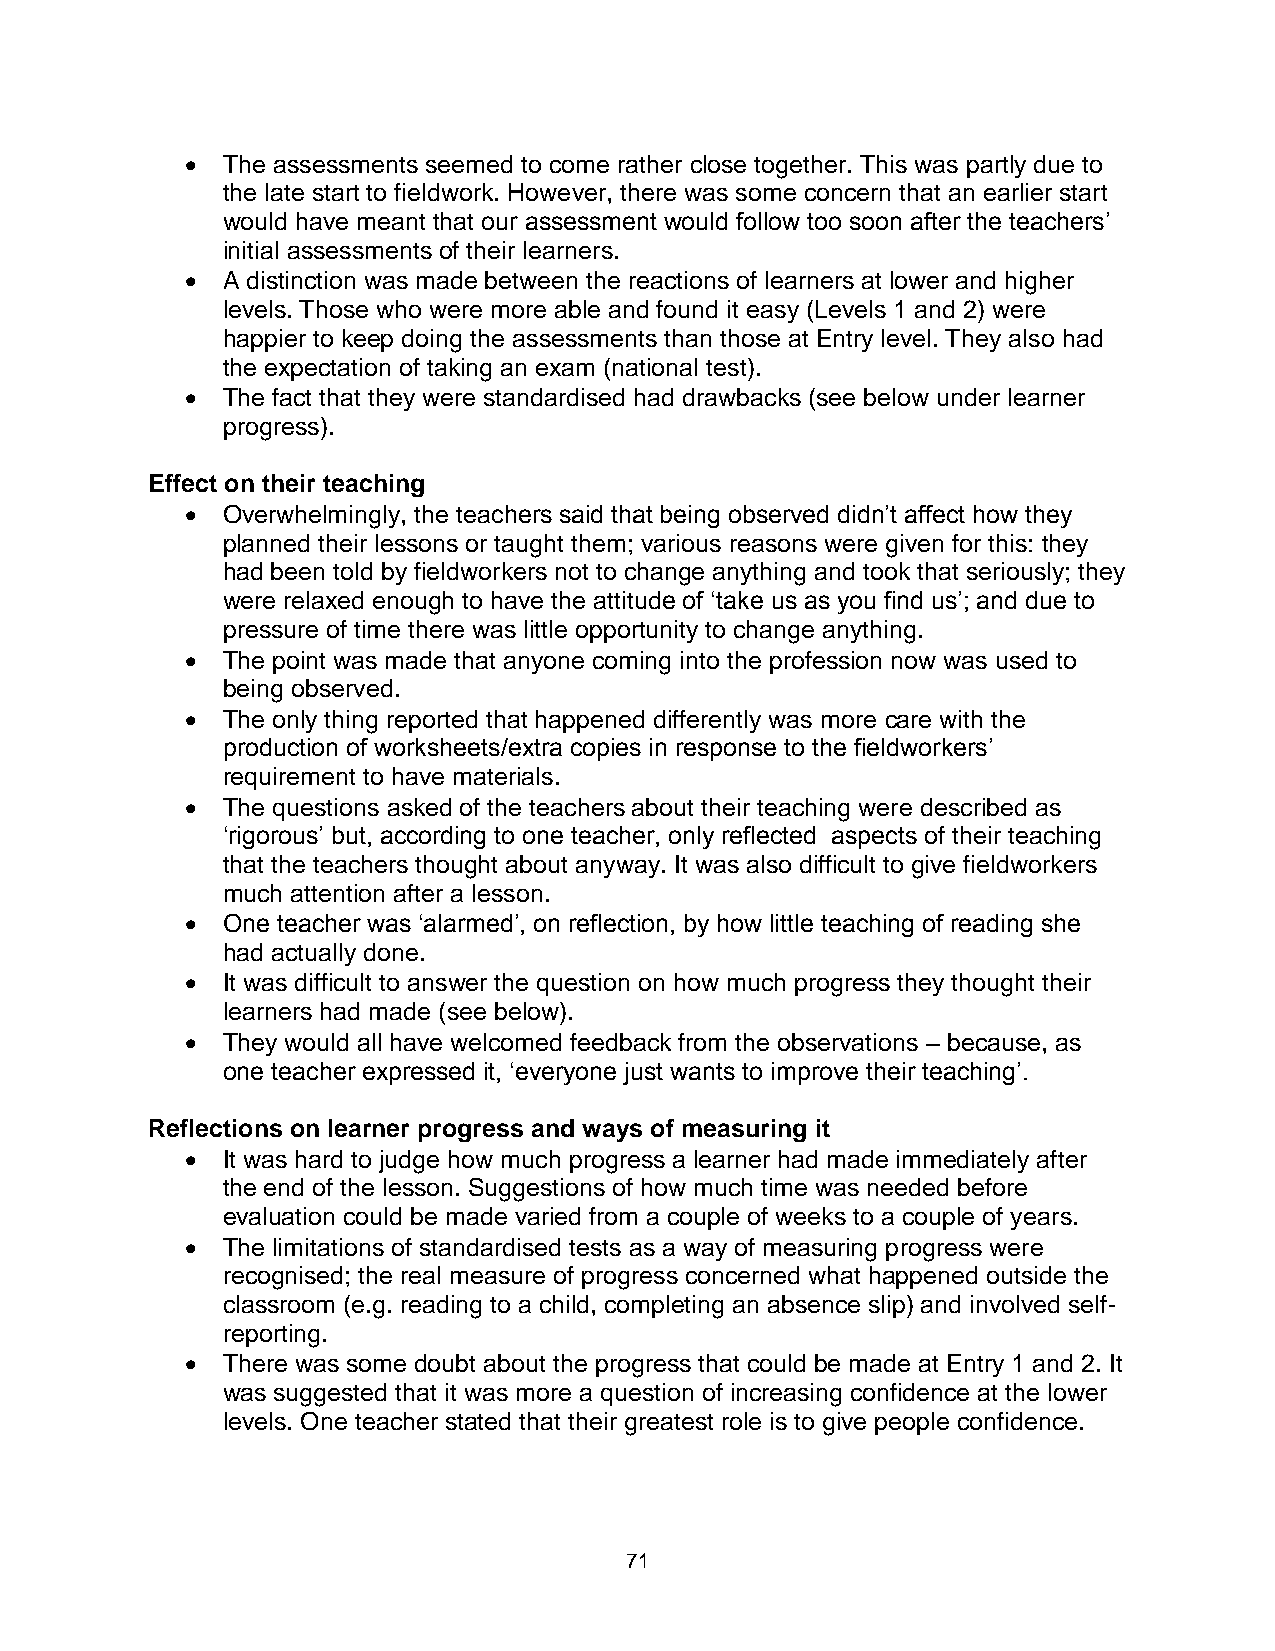
  The assessments seemed to come rather close together. This was partly due to
 the late start to fieldwork. However, there was some concern that an earlier start
 would have meant that our assessment would follow too soon after the teachers’
 initial assessments of their learners.
   A distinction was made between the reactions of learners at lower and higher
 levels. Those who were more able and found it easy (Levels 1 and 2) were
 happier to keep doing the assessments than those at Entry level. They also had
 the expectation of taking an exam (national test).
   The fact that they were standardised had drawbacks (see below under learner
 progress).
 Effect on their teaching
   Overwhelmingly, the teachers said that being observed didn’t affect how they
 planned their lessons or taught them; various reasons were given for this: they
 had been told by fieldworkers not to change anything and took that seriously; they
 were relaxed enough to have the attitude of ‘take us as you find us’; and due to
 pressure of time there was little opportunity to change anything.
   The point was made that anyone coming into the profession now was used to
 being observed.
   The only thing reported that happened differently was more care with the
 production of worksheets/extra copies in response to the fieldworkers’
 requirement to have materials.
   The questions asked of the teachers about their teaching were described as
 ‘rigorous’ but, according to one teacher, only reflected aspects of their teaching
 that the teachers thought about anyway. It was also difficult to give fieldworkers
 much attention after a lesson.
   One teacher was ‘alarmed’, on reflection, by how little teaching of reading she
 had actually done.
   It was difficult to answer the question on how much progress they thought their
 learners had made (see below).
   They would all have welcomed feedback from the observations – because, as
 one teacher expressed it, ‘everyone just wants to improve their teaching’.
 Reflections on learner progress and ways of measuring it
   It was hard to judge how much progress a learner had made immediately after
 the end of the lesson. Suggestions of how much time was needed before
 evaluation could be made varied from a couple of weeks to a couple of years.
   The limitations of standardised tests as a way of measuring progress were
 recognised; the real measure of progress concerned what happened outside the
 classroom (e.g. reading to a child, completing an absence slip) and involved self-
 reporting.
   There was some doubt about the progress that could be made at Entry 1 and 2. It
 was suggested that it was more a question of increasing confidence at the lower
 levels. One teacher stated that their greatest role is to give people confidence.
 71